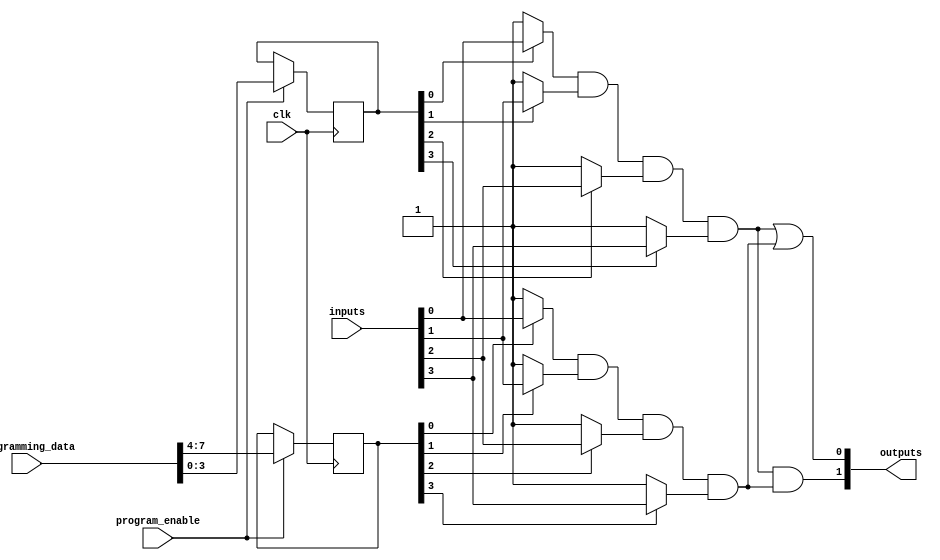
module FlashProgrammablePAL (
    input wire [N-1:0] inputs,          // Input lines
    input wire [M-1:0] programming_data, // Data for programming the connections
    input wire program_enable,           // Control signal to enable programming
    input wire clk,                      // Clock signal
    output reg [P-1:0] outputs          // Output lines
);
    parameter N = 4;                    // Number of input lines
    parameter M = 8;                    // Number of AND gates (programmable connections)
    parameter P = 2;                    // Number of output lines

    // Programmable AND array (N inputs to M AND gates)
    reg [M-1:0] and_output [0:1];       // Assuming 2 product terms
    reg [N-1:0] and_program_config [0:M-1]; // Programming configuration for AND gates

    // Initialize the AND gate configurations
    integer i;
    initial begin
        for (i = 0; i < M; i = i + 1) begin
            and_program_config[i] = 0; // All connections initially disabled
        end
        outputs = 0; // Initialize outputs
    end

    // Control logic for programming the AND array
    always @(posedge clk) begin
        if (program_enable) begin
            // Load programming data into the AND configuration
            and_program_config[0] <= programming_data[3:0]; // Example of programming first AND gate
            and_program_config[1] <= programming_data[7:4]; // Example of programming second AND gate
        end
    end

    // Compute the outputs based on programmed AND gates
    always @(*) begin
        // Initialize outputs
        outputs = 0;

        // Evaluate AND gates based on programmed connections
        and_output[0] = (and_program_config[0][0] ? inputs[0] : 1'b1) &
                        (and_program_config[0][1] ? inputs[1] : 1'b1) &
                        (and_program_config[0][2] ? inputs[2] : 1'b1) &
                        (and_program_config[0][3] ? inputs[3] : 1'b1);

        and_output[1] = (and_program_config[1][0] ? inputs[0] : 1'b1) &
                        (and_program_config[1][1] ? inputs[1] : 1'b1) &
                        (and_program_config[1][2] ? inputs[2] : 1'b1) &
                        (and_program_config[1][3] ? inputs[3] : 1'b1);

        // OR array to produce final outputs
        outputs[0] = and_output[0] | and_output[1]; // Output 0
        outputs[1] = and_output[0] & and_output[1]; // Output 1 (example)
    end

endmodule